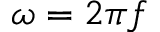
\omega = 2 \pi f